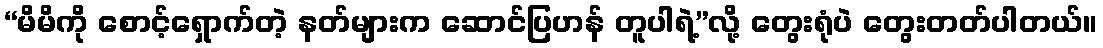
“မိမိကို စောင့်ရှောက်တဲ့ နတ်များက ဆောင်ပြဟန် တူပါရဲ့”လို့ တွေးရုံပဲ တွေးတတ်ပါတယ်။